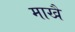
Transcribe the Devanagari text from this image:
माखै